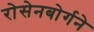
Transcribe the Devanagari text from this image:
रोसेनबोर्गने